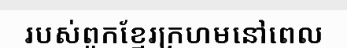
របស់ពួកខ្មែរក្រហមនៅពេល